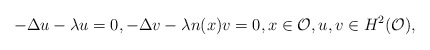
\begin{align*}-\Delta u - \lambda u =0, -\Delta v - \lambda n(x)v =0, x \in \mathcal O, u,v\in H^2(\mathcal O),\end{align*}